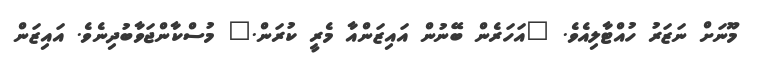
މޫނަށް ނަޒަރު ހުއްޓާލިއެވެ. "އަހަރެން ބޭނުން އައިޒަންއާ މެރީ ކުރަން." މުސްކާންޖަވާބުދިނެވެ. އައިޒަން